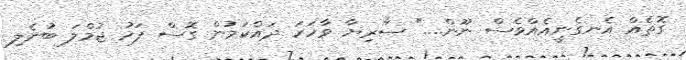
ގޮތެއް އެނގެނީއެއްވެސް ނޫން...." ސާރިޔާ ވާހަކަ ދައްކަމުން ގޮސް ފަހު ޖުމްލަ ބުނެލި